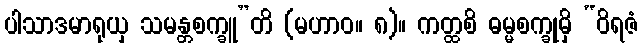
ပါသာဒမာရုယှ သမန္တစက္ခူ”တိ (မဟာဝ။ ၈)။ ကတ္ထစိ ဓမ္မစက္ခုမှိ “ဝိရဇံ